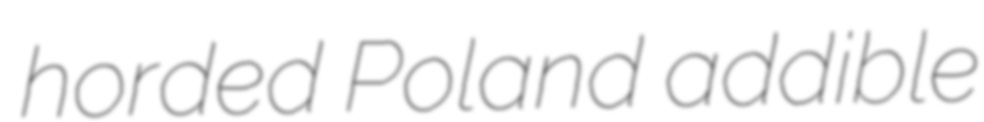
horded Poland addible